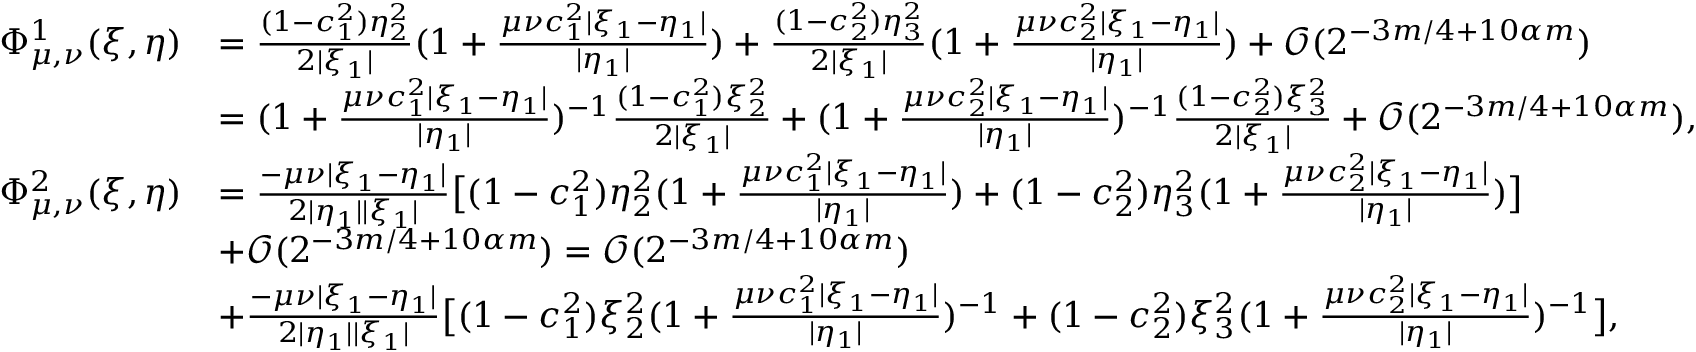
\begin{array} { r l } { \Phi _ { \mu , \nu } ^ { 1 } ( \xi , \eta ) } & { = \frac { ( 1 - c _ { 1 } ^ { 2 } ) \eta _ { 2 } ^ { 2 } } { 2 | \xi _ { 1 } | } ( 1 + \frac { \mu \nu c _ { 1 } ^ { 2 } | \xi _ { 1 } - \eta _ { 1 } | } { | \eta _ { 1 } | } ) + \frac { ( 1 - c _ { 2 } ^ { 2 } ) \eta _ { 3 } ^ { 2 } } { 2 | \xi _ { 1 } | } ( 1 + \frac { \mu \nu c _ { 2 } ^ { 2 } | \xi _ { 1 } - \eta _ { 1 } | } { | \eta _ { 1 } | } ) + \mathcal { O } ( 2 ^ { - 3 m / 4 + 1 0 \alpha m } ) } \\ & { = ( 1 + \frac { \mu \nu c _ { 1 } ^ { 2 } | \xi _ { 1 } - \eta _ { 1 } | } { | \eta _ { 1 } | } ) ^ { - 1 } \frac { ( 1 - c _ { 1 } ^ { 2 } ) \xi _ { 2 } ^ { 2 } } { 2 | \xi _ { 1 } | } + ( 1 + \frac { \mu \nu c _ { 2 } ^ { 2 } | \xi _ { 1 } - \eta _ { 1 } | } { | \eta _ { 1 } | } ) ^ { - 1 } \frac { ( 1 - c _ { 2 } ^ { 2 } ) \xi _ { 3 } ^ { 2 } } { 2 | \xi _ { 1 } | } + \mathcal { O } ( 2 ^ { - 3 m / 4 + 1 0 \alpha m } ) , } \\ { \Phi _ { \mu , \nu } ^ { 2 } ( \xi , \eta ) } & { = \frac { - \mu \nu | \xi _ { 1 } - \eta _ { 1 } | } { 2 | \eta _ { 1 } | | \xi _ { 1 } | } \big [ ( 1 - c _ { 1 } ^ { 2 } ) \eta _ { 2 } ^ { 2 } ( 1 + \frac { \mu \nu c _ { 1 } ^ { 2 } | \xi _ { 1 } - \eta _ { 1 } | } { | \eta _ { 1 } | } ) + ( 1 - c _ { 2 } ^ { 2 } ) \eta _ { 3 } ^ { 2 } ( 1 + \frac { \mu \nu c _ { 2 } ^ { 2 } | \xi _ { 1 } - \eta _ { 1 } | } { | \eta _ { 1 } | } ) \big ] } \\ & { + \mathcal { O } ( 2 ^ { - 3 m / 4 + 1 0 \alpha m } ) = \mathcal { O } ( 2 ^ { - 3 m / 4 + 1 0 \alpha m } ) } \\ & { + \frac { - \mu \nu | \xi _ { 1 } - \eta _ { 1 } | } { 2 | \eta _ { 1 } | | \xi _ { 1 } | } \big [ ( 1 - c _ { 1 } ^ { 2 } ) \xi _ { 2 } ^ { 2 } ( 1 + \frac { \mu \nu c _ { 1 } ^ { 2 } | \xi _ { 1 } - \eta _ { 1 } | } { | \eta _ { 1 } | } ) ^ { - 1 } + ( 1 - c _ { 2 } ^ { 2 } ) \xi _ { 3 } ^ { 2 } ( 1 + \frac { \mu \nu c _ { 2 } ^ { 2 } | \xi _ { 1 } - \eta _ { 1 } | } { | \eta _ { 1 } | } ) ^ { - 1 } \big ] , } \end{array}